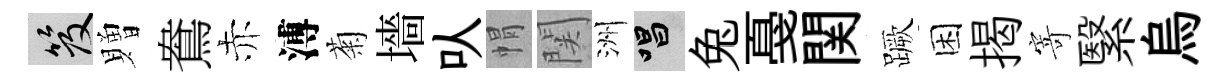
笈贈鴦赤溥菊墻㕥㡌関洲唱兔戞関蹶困揭寄繄烏